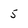
Character: 5